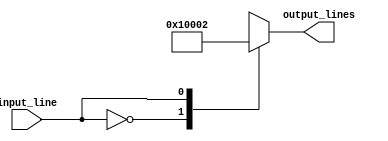
module demultiplexer(
  input wire input_line,
  output reg [15:0] output_lines
);

always @ (input_line)
begin
  output_lines <= 16'b0; // Initialize all output lines to 0
  
  case(input_line)
    4'h0: output_lines <= 16'b0000000000000001; // Output line 0 activated when input is 0000
    4'h1: output_lines <= 16'b0000000000000010; // Output line 1 activated when input is 0001
    4'h2: output_lines <= 16'b0000000000000100; // Output line 2 activated when input is 0010
    4'h3: output_lines <= 16'b0000000000001000; // Output line 3 activated when input is 0011
    // Continue for the rest of the cases up to 4'hF
    
    default: output_lines <= 16'b0; // Output all 0s if input value is not matched with any case
  endcase
end

endmodule